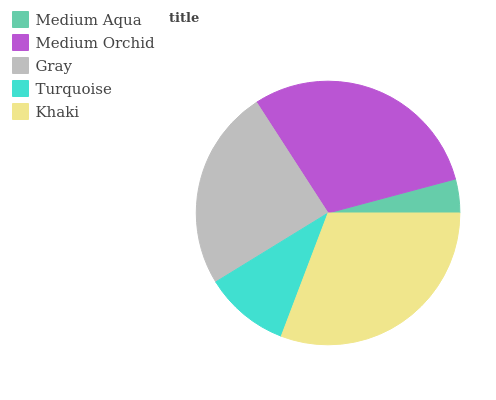
| Medium Aqua | Medium Orchid | Gray | Turquoise | Khaki |
 | --- | --- | --- | --- | --- |
 | 4.16% | 29.9% | 24.7% | 10.5% | 30.7% |